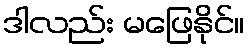
ဒါလည်း မဖြေနိုင်။